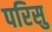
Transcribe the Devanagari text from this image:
परिसु